Annual report of the Madras Medical College
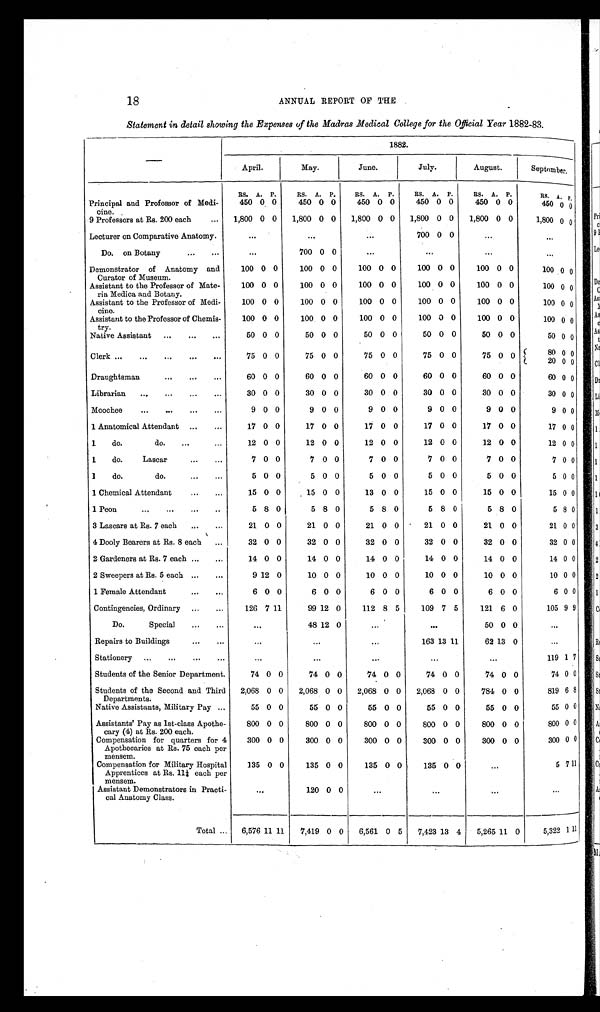
18 ANNUAL REPORT OF THE
Statement in detail showing the Expenses of the Madras Medical College for the Official Year 1 8 8 2 - 8 3 .
1882.
April.
May.
June.
July.
August.
September.
Principal and Professor of Medi-
cine.
RS. A. P.
RS. A. P.
RS. A. P.
R S .
A. P.
RS. A. P.
R S .
A .
450 0 0
450 0 0
450 0 0
450 0 0
450 0 0
450 0 0
9 Professors at Rs. 200 each
...
1,800 0 0
1,800 0 0
1,800 0 0
1,800 0 0
1,800 0 0
1,800 0 0
Lecturer on Comparative Anatomy.
. . .
. . .
. . . 700 0 0
. . .
. . .
Do. on Botany
...
...
. . . 700 0 0
. . .
. . .
. . .
. . .
Demonstrator of Anatomy and
Curator of Museum.
100 0 0
100 0 0
100 0 0
100 0 0
100 0 0
100 0 0
Assistant to the Professor of Mate-
ria Medica and Botany.
100 0 0
100 0 0
100 0 0
100 0 0
100 0 0
100 0 0
Assistant to the Professor of Medi-
c i n e .
100 0 0
100 0 0
100 0 0
100 0 0
100 0 0
100 0 0
Assistant to the Professor of Chemis-
try.
100 0 0
100 0 0
100 0 0
100 0 0
100 0 0
100 0 0
Native Assistant
...
...
...
50 0 0
50 0 0
50 0 0
50 0 0
50 0 0
50 0 0
Clerk ...
...
...
...
...
75 0 0
75 0 0
75 0 0
75 0 0
75 0 0
8 0
20 0 0
Draughtsman
...
...
...
60 0 0
60 0 0
60 0 0
60 0 0
60 0 0
60 0 0
Librarian
...
...
...
...
30 0 0
30 0 0
30 0 0
30 0 0
30 0 0
30 0 0
Moochee
...
...
...
...
9 0 0
9 0 0
9 0 0
9 0 0
9 0 0
9 0 0
1 Anatomical Attendant
...
...
17 0 0
17 0 0
17 0 0
17 0 0
17 0 0
17 0 0
1
do.
do.
...
...
12 0 0
12 0 0
12 0 0
12 0 0
12 0 0
12 0 0
1
do.
Lascar
...
...
7 0 0
7 0 0
7 0 0
7 0 0
7 0 0
7
0
0
1
do.
do.
...
...
5 0 0
5 0 0
5 0 0
5 0 0
5 0 0
5 0 0
1 Chemical Attendant
...
...
15 0 0
15 0 0
13 0 0
15 0 0
15 0 0
15 0 0
1 Peon
...
...
...
..
5 8 0
5 8 0
5 8 0
5 8 0
5 8 0
5 8 0
3 Lascars at Rs. 7 each
...
...
21 0 0
21 0 0
21 0 0
21 0 0
21 0 0
21 0 0
4 Dooly Bearers at Rs. 8 each
...
32 0 0
32 0 0
32 0 0
32 0 0
32 0 0
32 0 0
2 Gardeners at Rs. 7 each ...
...
14 0 0
14 0 0
14 0 0
14 0 0
14 0 0
14 0 0
2 Sweepers at Rs. 5 each ...
...
9 12 0
10 0 0
10 0 0
10 0 0
10 0 0
10 0 0
1 Female Attendant
...
...
6 0 0
6 0 0
6 0
0
6 0 0
6 0 0
6 0 0
Contingencies, Ordinary
...
...
126 7 11
99 12 0
112 8 5
109 7 5
121 6 0
105 9 9
Do.
Special
...
...
...
48 12 0
...
. . . 50 0 0
. . .
Repairs to Buildings
...
...
...
...
...
163 13 11
62 13 0
...
Stationery
...
...
...
...
...
...
...
119 1 7
Students of the Senior Department.
74
0
0
74
0
0
74 0 0
74 0 0
74 0 0
7 4
0
0
Students of the Second and Third
Departments.
2,068
0
0
2,068
0
0
2,068 0 0
2,068 0 0
784 0 0
819
6
8
Native Assistants, Military Pay ...
55
0
0 55
0
0
55
0
0
55 0 0
55 0 0
5 5
0
0
Assistants' Pay as 1st-class Apothe-
cary (4) at Rs. 200 each.
800
0
0
800
0
0
800
0
0
800 0
0
800 0 0
800
0
0
Compensation for quarters for 4
Apothecaries at Rs. 75 each per
mensem.
300
0
0
300
0
0
300
0
0
300
0
0
300 0 0
300
0
0
Compensation for Military Hospital
Apprentices at Rs. 11¼ each per
mensem.
135
0
0
135
0
0
135
0
0
135
0
0 ...
5
7
11
Assistant Demonstrators in Practi-
cal Anatomy Class.
. . . 120
0
0
...
...
. . .
. . .
Total ...
6,576
1 1
1 1
7,419
0
0
6,561
0
0
7,423 13
4
5,265 11
0
5,322
1
11